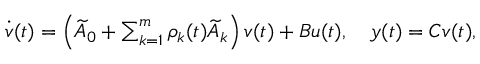
\begin{array} { r } { \dot { v } ( t ) = \left( \ensuremath { \widetilde { A } } _ { 0 } + \sum _ { k = 1 } ^ { m } \rho _ { k } ( t ) \ensuremath { \widetilde { A } } _ { k } \right) v ( t ) + B u ( t ) , \quad y ( t ) = C v ( t ) , } \end{array}